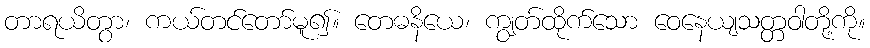
တာရယိတွာ၊ ကယ်တင်တော်မူ၍။ တေဓနိယေ၊ ကျွတ်ထိုက်သော ဝေနေယျသတ္တဝါတို့ကို။